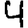
Digit: 4